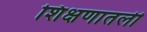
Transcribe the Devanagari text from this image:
शिक्षणातली